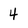
Character: 4